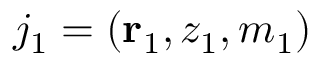
j _ { 1 } = ( { \bf r } _ { 1 } , z _ { 1 } , m _ { 1 } )